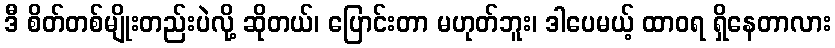
ဒီ စိတ်တစ်မျိုးတည်းပဲလို့ ဆိုတယ်၊ ပြောင်းတာ မဟုတ်ဘူး၊ ဒါပေမယ့် ထာဝရ ရှိနေတာလား